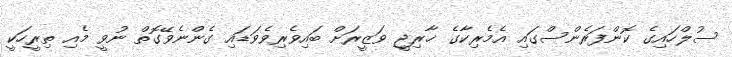
ސުލްހައިގެ ކޮންފަރެންސްގައި އެމެރިކާގެ ޚާރިޖީ ވަޒީރަށް ބައިވެރިވެވަޑައި ގެންނެވޭގޮތް ނުވީ މެއި ތިރީހަކީ